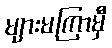
များမကြာမှီ